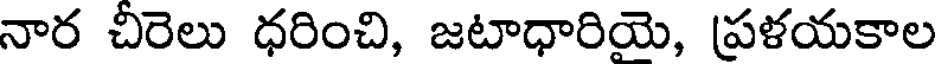
నార చీరెలు ధరించి, జటాధారియె, ప్రళయకాల